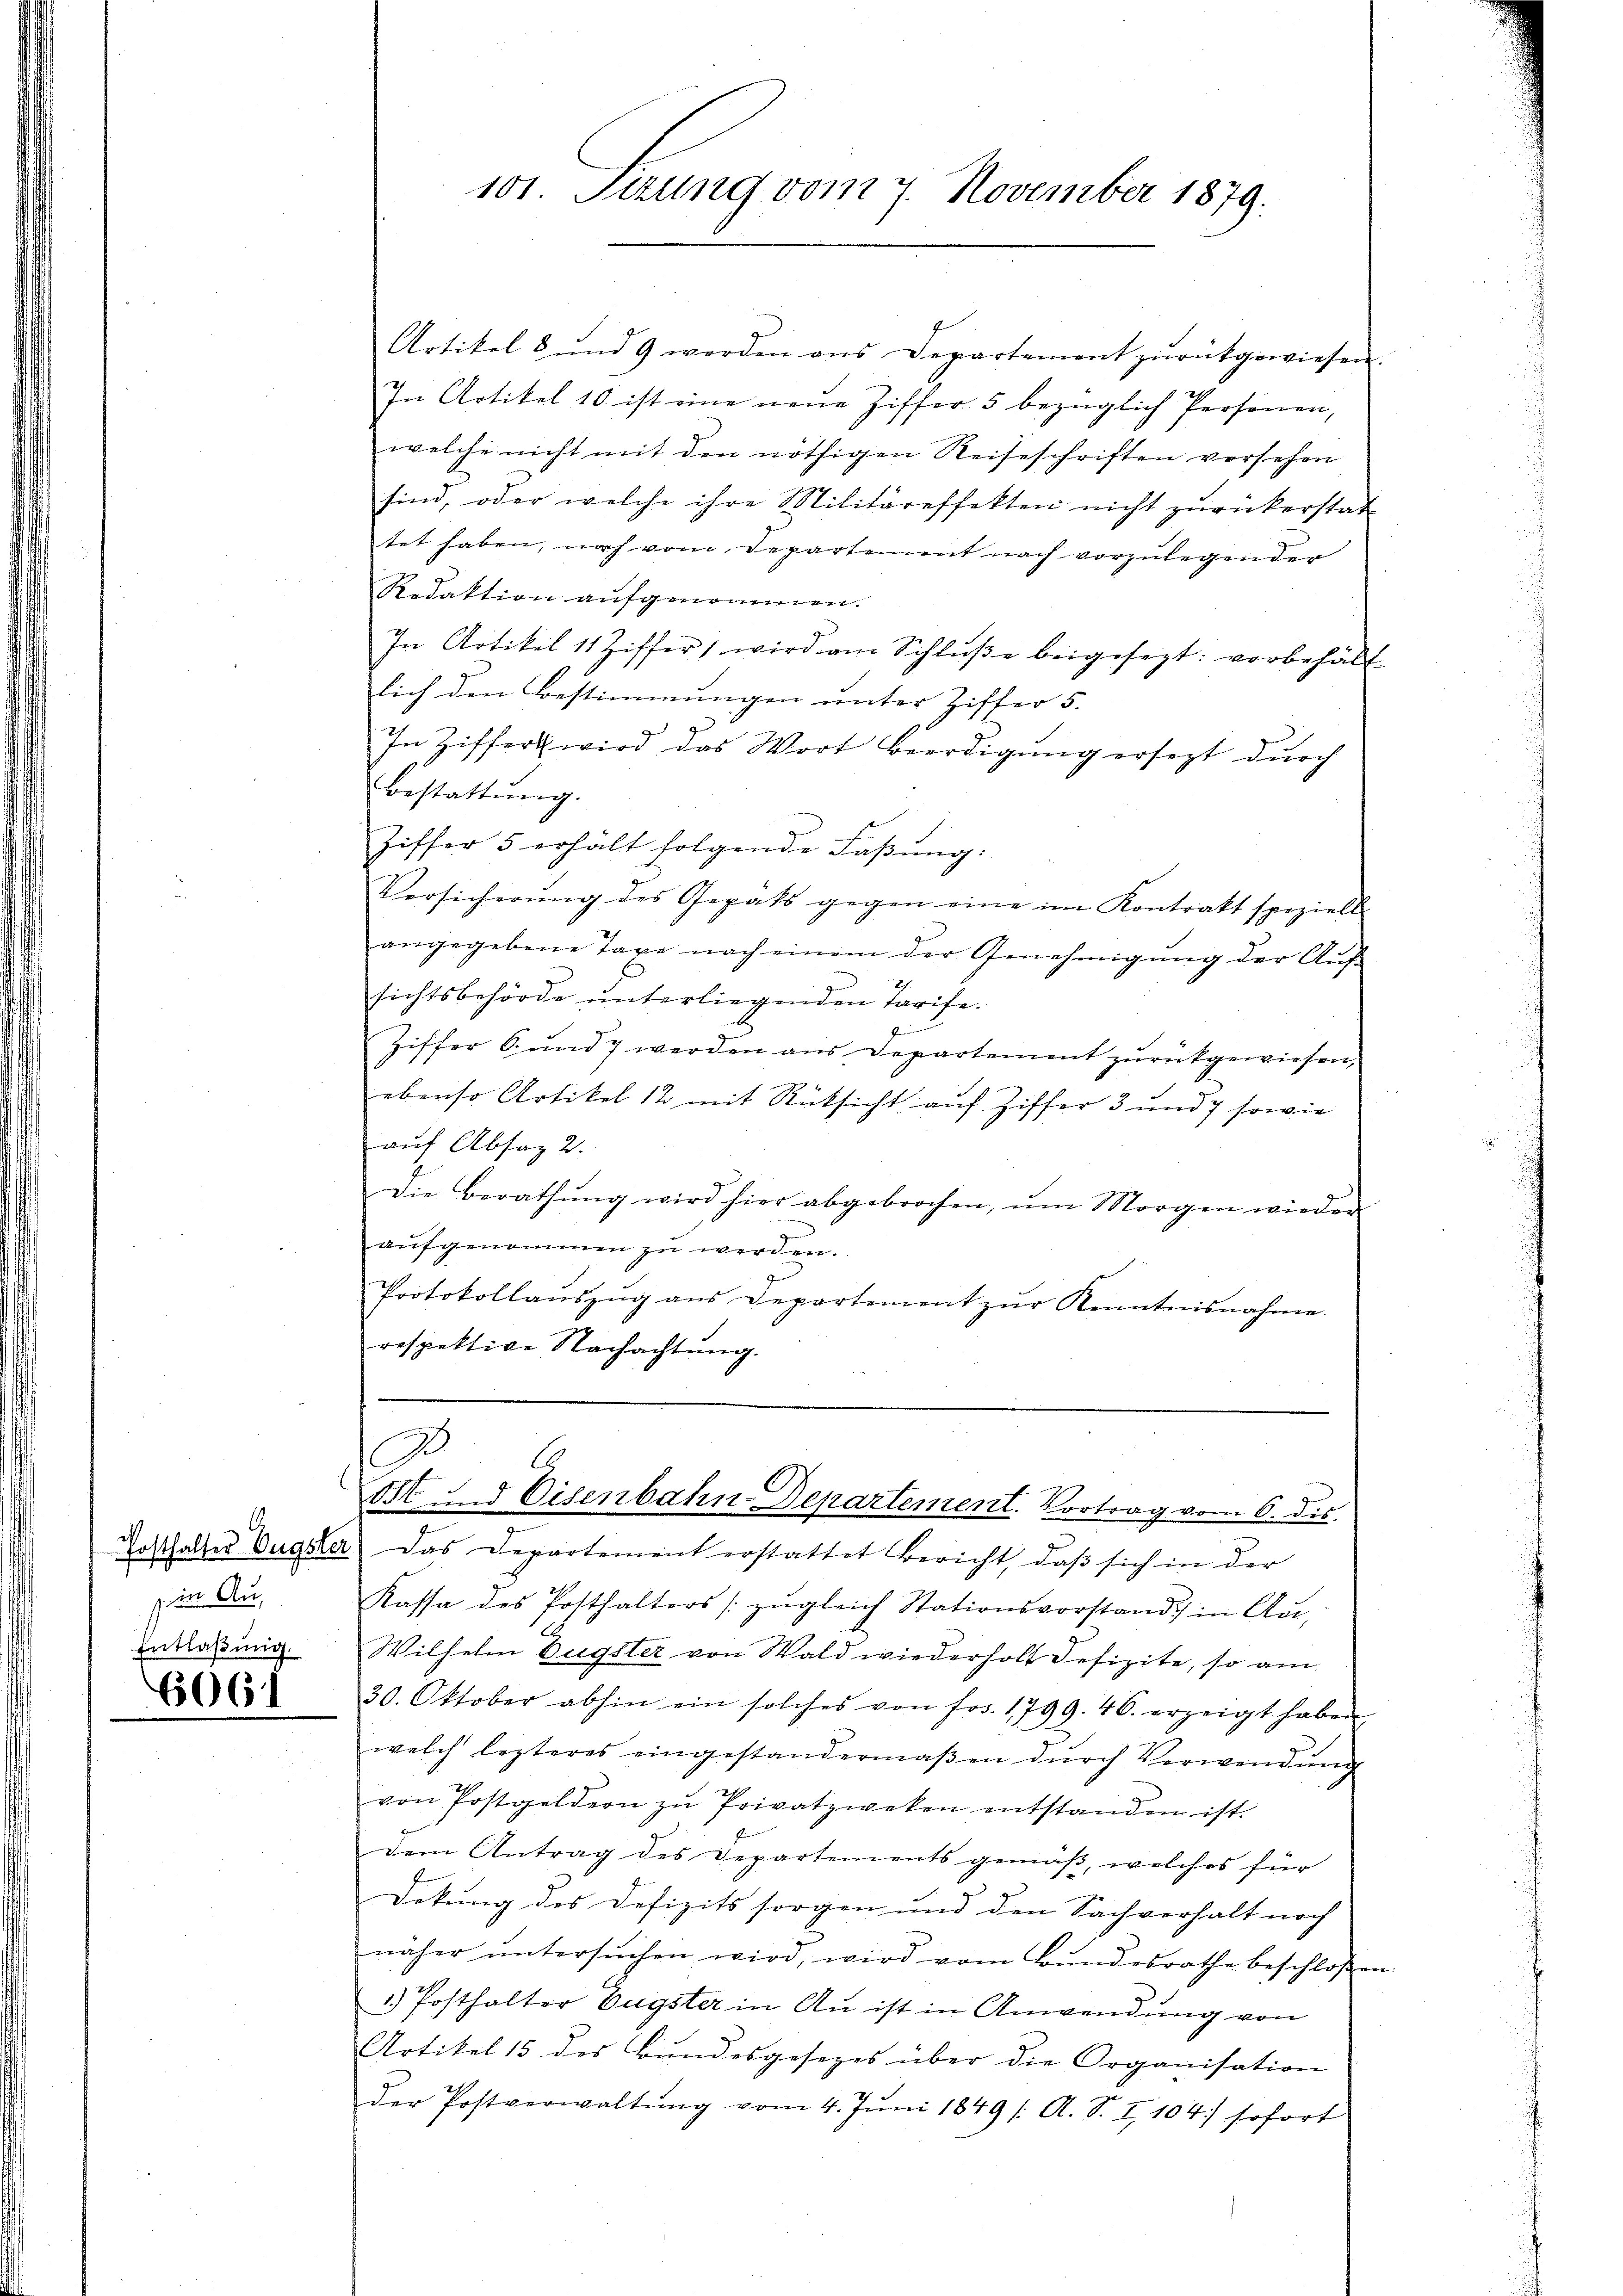
in Aus
Entlaßung.

6061

101. Sezung vom 7. November 1879.

.
ott. Eisenbahn-Departement. Vortrag vom 6. dis.

Artikel u und 9 werden ans Departement zŭrückgewiesen.
In Artikel 10 ist eine neue Ziffer 5 bezüglich Personen,
welche nicht mit den nöthigen Reiseschriften versehen
sind, oder welche ihre Militäreffekten nicht zurückerstat-
tet haben, nach vom Departement nach vorzulegender
Redaktion aufgenommen.
In Artikel 11 Ziffer, wird am Schlŭβe beigesezt: vorbehält
lich den Bestimmungen unter Ziffer 5.
In Ziffert wird das Wort Beerdigŭng ersezt dŭrch
Bestattung.
Ziffer 5 erhält folgende Faβŭng:
Versicherŭng des Gegats gegen eine im Kontrakt speziell
angegebene Tage nach einem der Genehmigŭng der Auf
sichtsbehörde unterliegenden Tarife.
Ziffer 6. und 7 werden aus Departement zurückgewiesen,
ebenso Artikel 12 mit Rücksicht auf Ziffer 3 und 7 sowie
auf Absag 2.
Die Berathŭng wird hier abgebrochen, ŭm Morgen wieder
aŭfgenommen zu werden.
Protokollaŭszŭg ans Departement zŭr Kenntnisnahme.
respektive Nachachtŭng.

Posthalter Eugster das Departement erstattet Bericht, daß sich in der
Kassa des Posthalters zŭgleich Stationsvorstand in Aŭs-
Wilhelm Dügster von Wald wiederholt defizite, so am
30. Oktober abhin ein solches von Frs. 1799. 46. erzeigt haben
welch lezteres eingestandermaβen dŭrch Verwendŭng
von Postgeldern zŭ Privatzweken entstanden ist.
Dem Antrag des Departements gemäß, welches für
t
Dekung des Defizits sorgen und den Sachverhalt noch
näher ŭntersŭchen wird, wird vom Bundesrathe beschloßen
1) Posthalter Eugster in Au ist in Anwendung von
Artikel 15 des Bundesgesezes über die Organisation
der Postverwaltŭng vom 4. Jŭni 1849 /: A. S. I,104) sofort